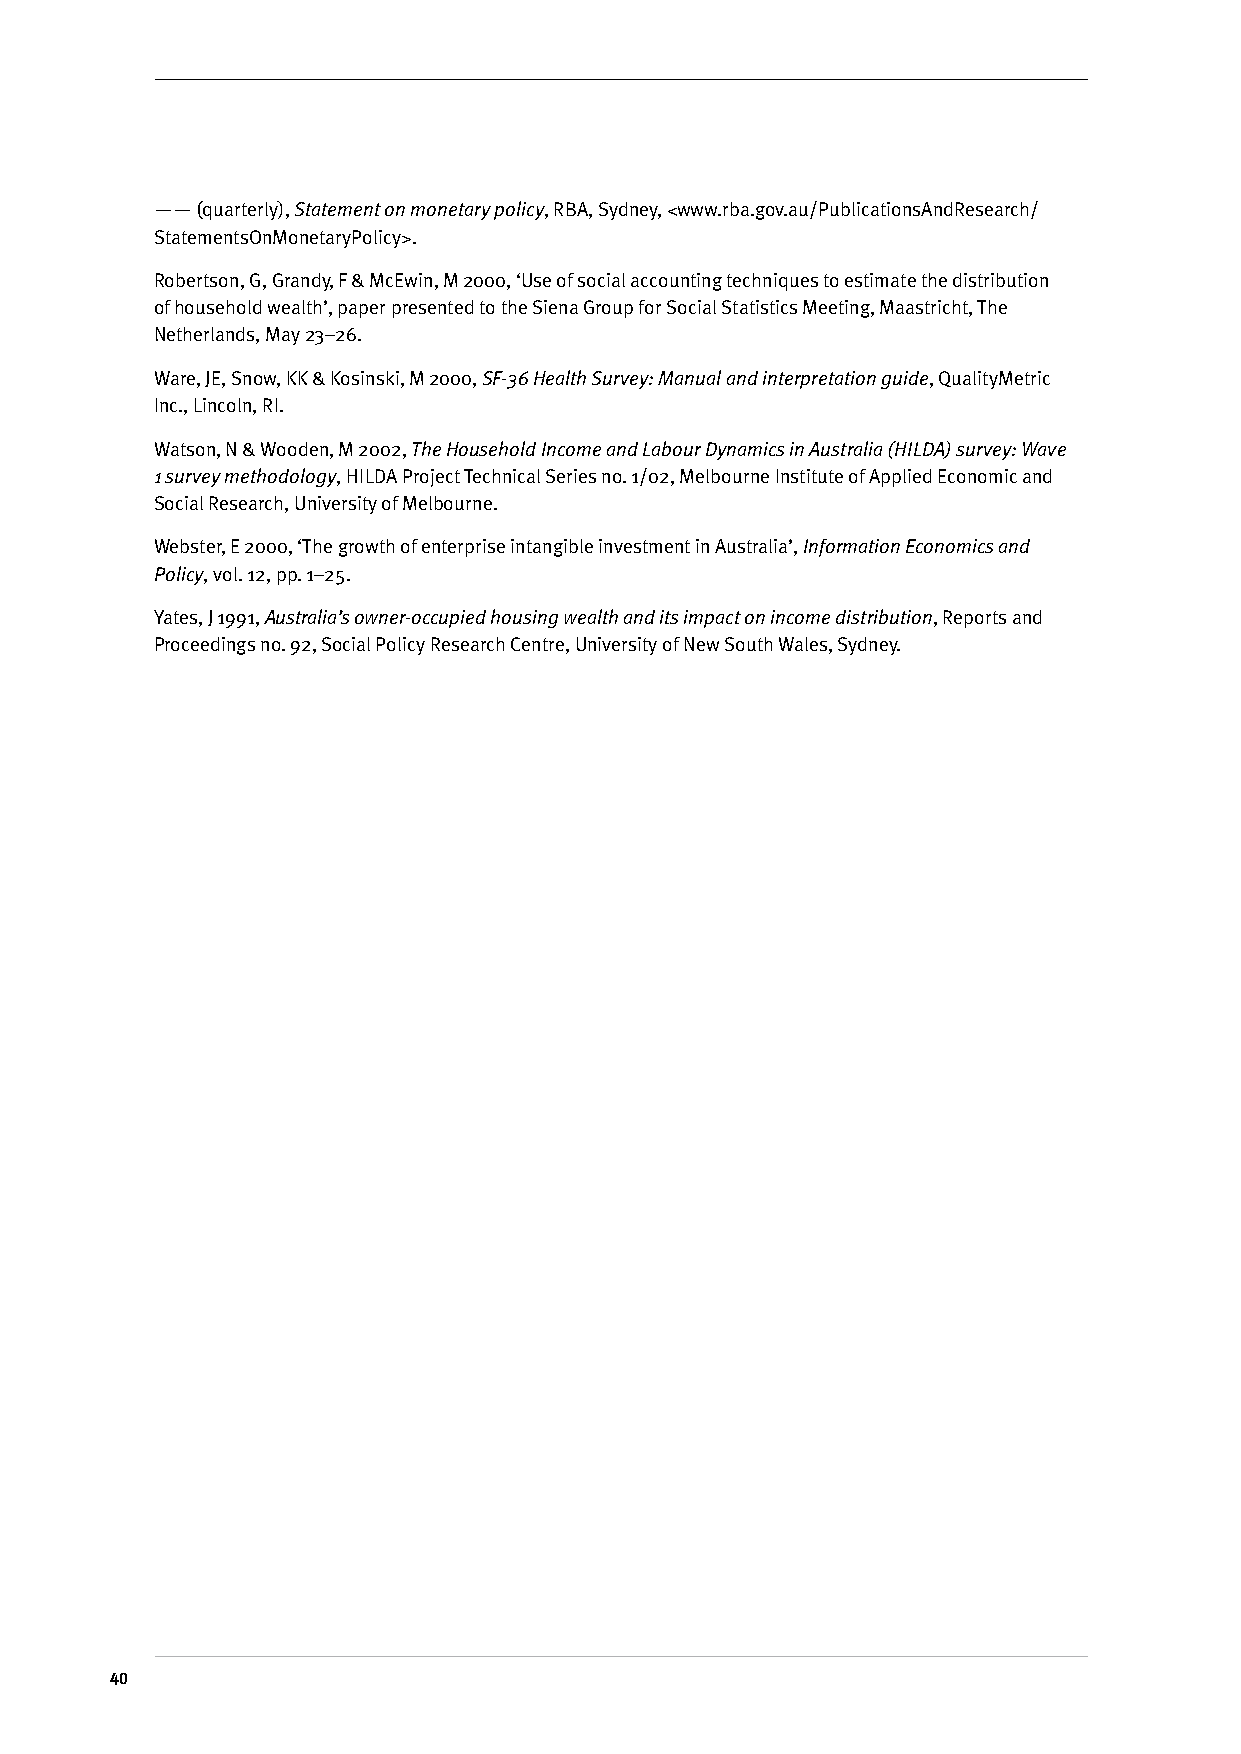
—— (quarterly), Statement on monetary policy, RBA, Sydney, <www.rba.gov.au/PublicationsAndResearch/
 StatementsOnMonetaryPolicy>.
 Robertson, G, Grandy, F & McEwin, M 2000, ‘Use of social accounting techniques to estimate the distribution
 of household wealth’, paper presented to the Siena Group for Social Statistics Meeting, Maastricht, The
 Netherlands, May 23–26.
 Ware, JE, Snow, KK & Kosinski, M 2000, SF-36 Health Survey: Manual and interpretation guide, QualityMetric
 Inc., Lincoln, RI.
 Watson, N & Wooden, M 2002, The Household Income and Labour Dynamics in Australia (HILDA) survey: Wave
 1 survey methodology, HILDA Project Technical Series no. 1/02, Melbourne Institute of Applied Economic and
 Social Research, University of Melbourne.
 Webster, E 2000, ‘The growth of enterprise intangible investment in Australia’, Information Economics and
 Policy, vol. 12, pp. 1–25.
 Yates, J 1991, Australia’s owner-occupied housing wealth and its impact on income distribution, Reports and
 Proceedings no. 92, Social Policy Research Centre, University of New South Wales, Sydney.
 0